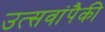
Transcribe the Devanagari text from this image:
उत्सवांपैकी